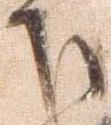
下